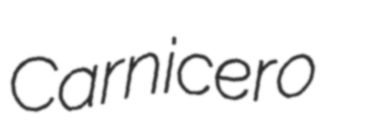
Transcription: Carnicero